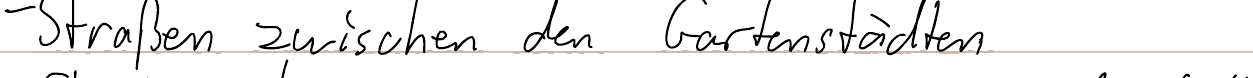
- Straßen zwischen den Gartenstädten